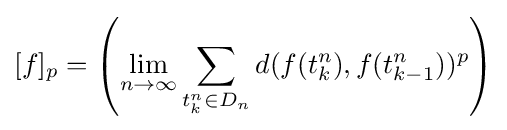
[f]_{p}=\left(\lim _{n\to \infty }\sum _{t_{k}^{n}\in D_{n}}d(f(t_{k}^{n}),f(t_{k-1}^{n}))^{p}\right)